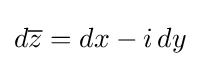
d{\overline {z}}=dx-i\,dy